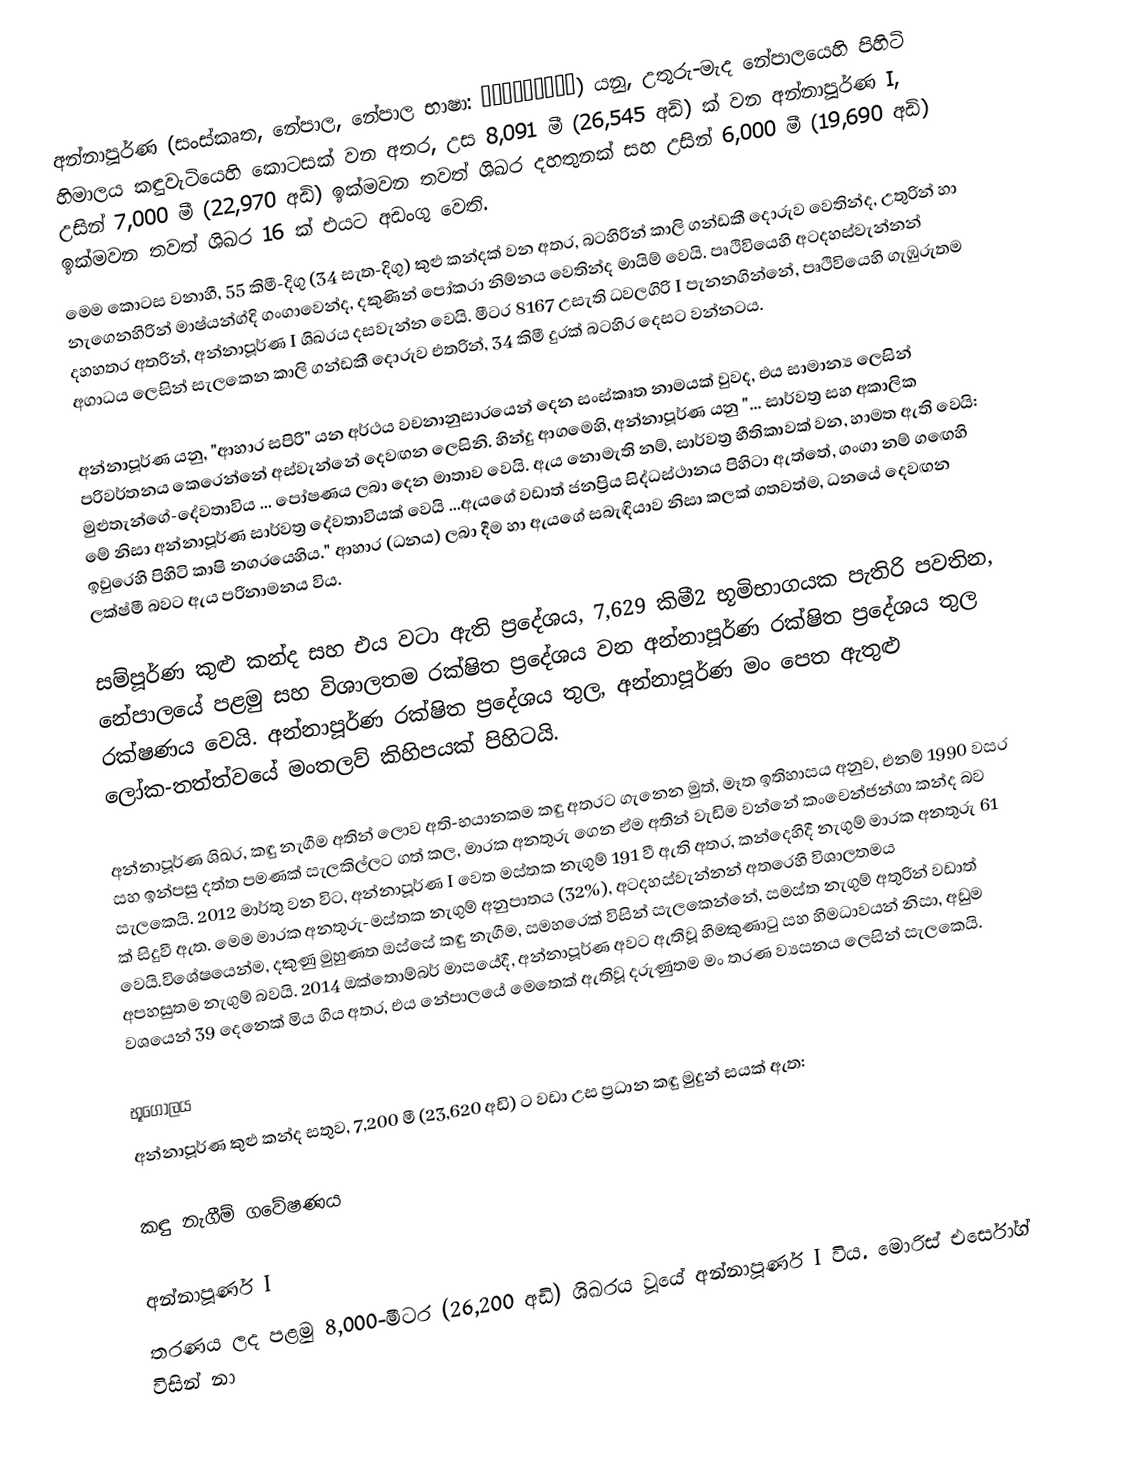
අන්නාපූර්ණ (සංස්කෘත, නේපාල, නේපාල භාෂා: अन्नपुर्ण) යනු, උතුරු-මැද නේපාලයෙහි   පිහිටි හිමාලය කඳුවැටියෙහි කොටසක් වන අතර,  උස 8,091 මී (26,545 අඩි)  ක් වන අන්නාපූර්ණ I, උසින් 7,000 මී (22,970 අඩි) ඉක්මවන තවත් ශිඛර දහතුනක් සහ උසින් 6,000 මී (19,690 අඩි) ඉක්මවන තවත් ශිඛර 16 ක් එයට අඩංගු වෙති.
මෙම කොටස වනාහී, 55 කිමී-දිගු (34 සැත-දිගු) කුළු කන්දක් වන අතර, බටහිරින් කාලි ගන්ඩකී  දොරුව වෙතින්ද, උතුරින් හා නැගෙනහිරින් මාෂ්යන්ග්දි ගංගාවෙන්ද, දකුණින් පෝකරා නිම්නය වෙතින්ද මායිම් වෙයි.  පෘථිවියෙහි අටදහස්වැන්නන් දහහතර අතරින්,  අන්නාපූර්ණ I ශිඛරය දසවැන්න වෙයි.  මීටර 8167 උසැති ධවලගිරි I පැනනගින්නේ,  පෘථිවියෙහි ගැඹුරුතම අගාධය ලෙසින් සැලකෙන  කාලි ගන්ඩකී  දොරුව එතරින්, 34 කිමී දුරක් බටහිර දෙසට වන්නටය.

අන්නාපූර්ණ යනු,  "ආහාර සපිරි" යන අර්ථය වචනානුසාරයෙන් දෙන සංස්කෘත නාමයක් වුවද, එය සාමාන්‍ය ලෙසින් පරිවර්තනය කෙරෙන්නේ අස්වැන්නේ දෙවඟන ලෙසිනි. හින්දු ආගමෙහි, අන්නාපූර්ණ යනු "... සාර්වත්‍ර සහ අකාලික මුළුතැන්ගේ-දේවතාවිය ... පෝෂණය ලබා දෙන මාතාව වෙයි. ඇය නොමැති නම්, සාර්වත්‍ර භීතිකාවක් වන, හාමත ඇති වෙයි: මේ නිසා අන්නාපූර්ණ සාර්වත්‍ර දේවතාවියක් වෙයි ...ඇයගේ වඩාත් ජනප්‍රිය සිද්ධස්ථානය පිහිටා ඇත්තේ,  ගංගා නම් ගඟෙහි ඉවුරෙහි පිහිටි කාෂි නගරයෙහිය." ආහාර (ධනය) ලබා දීම හා ඇයගේ සබැඳියාව නිසා කලක් ගතවත්ම, ධනයේ දෙවඟන ලක්ෂ්මී බවට ඇය පරිනාමනය විය.

සම්පූර්ණ කුළු කන්ද සහ එය වටා ඇති ප්‍රදේශය,  7,629 කිමී2 භූමිභාගයක පැතිරි පවතින, නේපාලයේ පළමු සහ විශාලතම රක්ෂිත ප්‍රදේශය වන අන්නාපූර්ණ රක්ෂිත ප්‍රදේශය තුල රක්ෂණය වෙයි. අන්නාපූර්ණ රක්ෂිත ප්‍රදේශය තුල, අන්නාපූර්ණ මං පෙත ඇතුළු ලෝක-තත්ත්වයේ මංතලව් කිහිපයක් පිහිටයි.

අන්නාපූර්ණ ශිඛර, කඳු නැගීම අතින් ලොව අති-භයානකම කඳු අතරට ගැනෙන මුත්, මෑත ඉතිහාසය අනුව, එනම් 1990 වසර සහ ඉන්පසු දත්ත පමණක් සැලකිල්ලට ගත් කල, මාරක අනතුරු ගෙන ඒම අතින් වැඩිම වන්නේ කංචෙන්ජන්ගා කන්ද බව සැලකෙයි.  2012 මාර්තු වන විට, අන්නාපූර්ණ I වෙත මස්තක නැගුම් 191 වී ඇති අතර, කන්දෙහිදී නැගුම් මාරක අනතුරු  61 ක් සිදුවී ඇත. මෙම මාරක අනතුරු-මස්තක නැගුම් අනුපාතය (32%), අටදහස්වැන්නන් අතරෙහි විශාලතමය වෙයි.විශේෂයෙන්ම, දකුණු මුහුණත ඔස්සේ කඳු නැගීම, සමහරෙක් විසින් සැලකෙන්නේ, සමස්ත නැගුම් අතුරින් වඩාත් අපහසුතම නැගුම් බවයි.  2014 ඔක්තොම්බර් මාසයේදී,  අන්නාපූර්ණ අවට ඇතිවූ හිමකුණාටු සහ හිමධාවයන් නිසා, අඩුම වශයෙන් 39 දෙනෙක් මිය ගිය අතර, එය නේපාලයේ මෙතෙක් ඇතිවූ දරුණුතම මං තරණ ව්‍යසනය ලෙසින් සැලකෙයි.

භූගෝලය
අන්නාපූර්ණ කුළු කන්ද සතුව, 7,200 මී (23,620 අඩි) ට වඩා උස ප්‍රධාන කඳු මුදුන් සයක් ඇත:

කඳු නැගීම් ගවේෂණය

අන්නාපූර්ණ I
තරණය ලද පළමු 8,000-මීටර (26,200 අඩි) ශිඛරය වූයේ අන්නාපූර්ණ I විය. මොරිස් එර්සෝග්  විසින් නා